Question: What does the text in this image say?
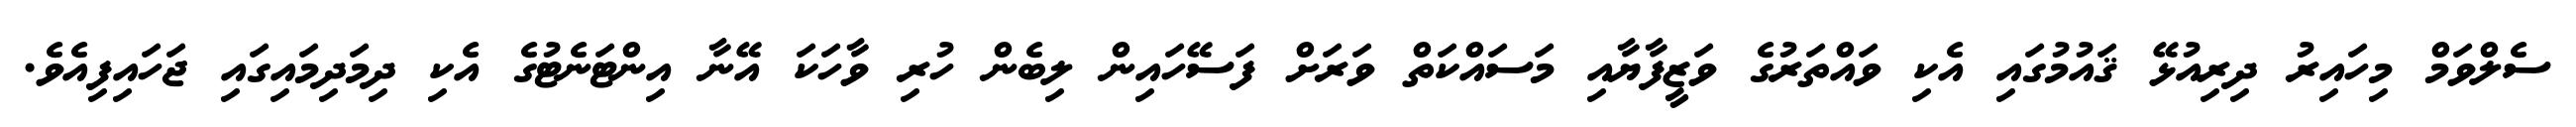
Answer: ސެލްވަމް މިހައިރު ދިރިއުޅޭ ޤައުމުގައި އެކި ވައްތަރުގެ ވަޒީފާޔާއި މަސައްކަތް ވަރަށް ފަސޭހައިން ލިބެން ހުރި ވާހަކަ އޭނާ އިންޓަނެޓުގެ އެކި ދިމަދިމައިގައި ޖަހައިފިއެވެ.